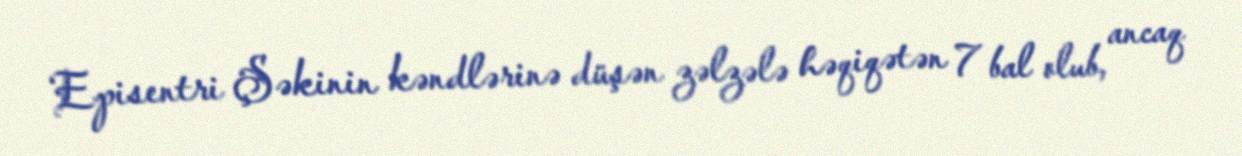
Episentri Şəkinin kəndlərinə düşən zəlzələ həqiqətən 7 bal olub, ancaq